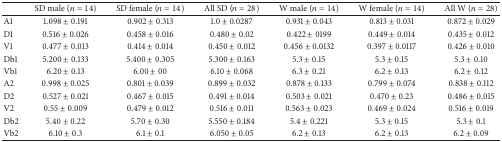
<table><thead><tr><td><b> </b></td><td><b>SD male (<i>n</i> = 14)</b></td><td><b>SD female (<i>n</i> = 14)</b></td><td><b>All SD (<i>n</i> = 28)</b></td><td><b>W male (<i>n</i> = 14)</b></td><td><b>W female (<i>n</i> = 14)</b></td><td><b>All W (<i>n</i> = 28)</b></td></tr></thead><tbody><tr><td>A1 </td><td>1.098 ± 0.191</td><td>0.902 ± 0.313</td><td>1.0 ± 0.0287</td><td>0.931 ± 0.043</td><td>0.813 ± 0.031</td><td>0.872 ± 0.029</td></tr><tr><td>D1</td><td>0.516 ± 0.026</td><td>0.458 ± 0.016</td><td>0.480 ± 0.02</td><td>0.422 ± 0199</td><td>0.449 ± 0.014</td><td>0.435 ± 0.012</td></tr><tr><td>V1</td><td>0.477 ± 0.013</td><td>0.414 ± 0.014</td><td>0.450 ± 0.012</td><td>0.456 ± 0.0132</td><td>0.397 ± 0.0117</td><td>0.426 ± 0.010</td></tr><tr><td>Db1</td><td>5.200 ± 0.133</td><td>5.400 ± 0.305</td><td>5.300 ± 0.163</td><td>5.3 ± 0.15</td><td>5.3 ± 0.15</td><td>5.3 ± 0.10</td></tr><tr><td>Vb1</td><td>6.20 ± 0.13</td><td>6.00 ± 00</td><td>6.10 ± 0.068</td><td>6.3 ± 0.21</td><td>6.2 ± 0.13</td><td>6.2 ± 0.12</td></tr><tr><td>A2</td><td>0.998 ± 0.025</td><td>0.801 ± 0.039</td><td>0.899 ± 0.032</td><td>0.878 ± 0.133</td><td>0.799 ± 0.074</td><td>0.838 ± 0.112</td></tr><tr><td>D2</td><td>0.527 ± 0.021</td><td>0.467 ± 0.015</td><td>0.491 ± 0.014</td><td>0.503 ± 0.021</td><td>0.470 ± 0.23</td><td>0.486 ± 0.015</td></tr><tr><td>V2</td><td>0.55 ± 0.009</td><td>0.479 ± 0.012</td><td>0.516 ± 0.011</td><td>0.563 ± 0.023</td><td>0.469 ± 0.024</td><td>0.516 ± 0.019</td></tr><tr><td>Db2</td><td>5.40 ± 0.22</td><td>5.70 ± 0.30</td><td>5.550 ± 0.184</td><td>5.4 ± 0.221</td><td>5.3 ± 0.15</td><td>5.3 ± 0.1</td></tr><tr><td>Vb2</td><td>6.10 ± 0.3</td><td>6.1 ± 0.1</td><td>6.050 ± 0.05</td><td>6.2 ± 0.13</td><td>6.2 ± 0.13</td><td>6.2 ± 0.09</td></tr></tbody></table>